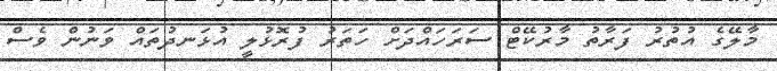
މާލޭގެ އުތުރު ފަރާތު މާރުކޭޓް ސަރަހައްދަށް ހަތަރު ފުރޮޅުލީ އުޅަނދުތައް ވަނުން ވެސް